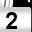
Digit: 2